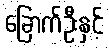
ခြောက်ဦးနှင့်